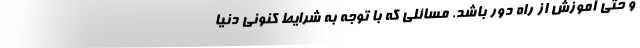
و حتی آموزش از راه دور باشد. مسائلی که با توجه به شرایط کنونی دنیا